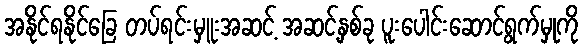
အနိုင်ရနိုင်ခြေ တပ်ရင်းမှူးအဆင့် အဆင့်နှစ်ခု ပူးပေါင်းဆောင်ရွက်မှုကို